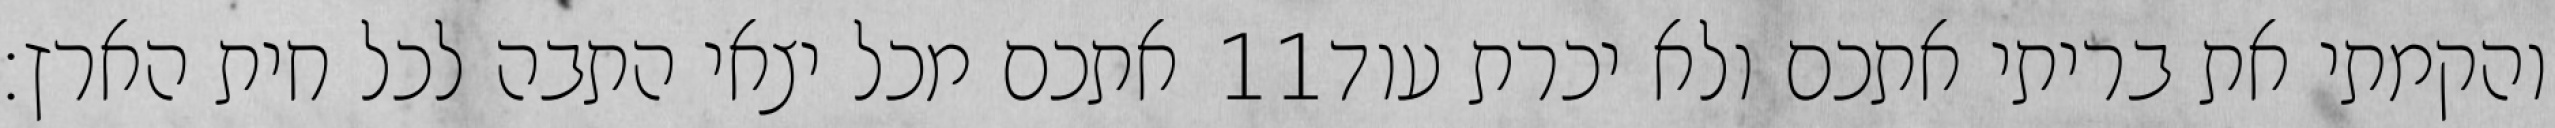
אתכם מכל יצאי התבה לכל חית הארץ׃ ‎11‏ והקמתי את בריתי אתכם ולא יכרת עוד